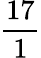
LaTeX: \frac{17}{1}